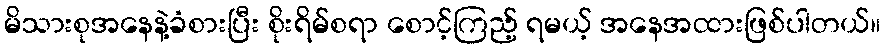
မိသားစုအနေနဲ့ခံစားပြီး စိုးရိမ်စရာ စောင့်ကြည့် ရမယ့် အနေအထားဖြစ်ပါတယ်။